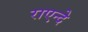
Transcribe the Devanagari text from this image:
राएन्दे